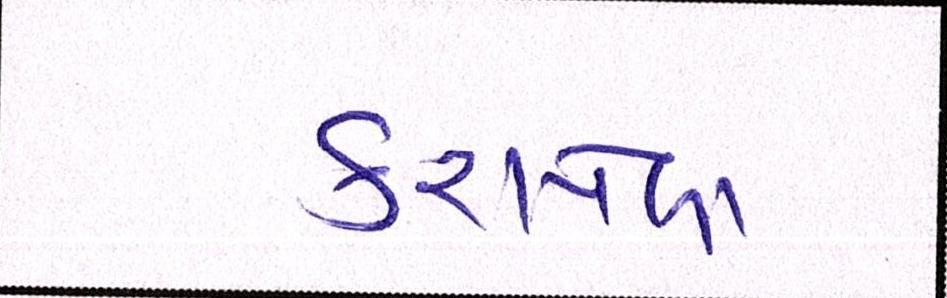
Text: કરાયેલા